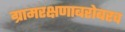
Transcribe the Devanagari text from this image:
ग्रामरक्षणाबरोबरच